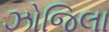
ઝોજિલા